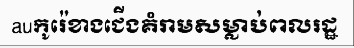
auកូរ៉េខាងជើងគំរាមសម្លាប់ពលរដ្ឋ